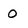
Character: 0